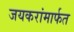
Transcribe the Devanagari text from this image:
जयकरांमार्फत